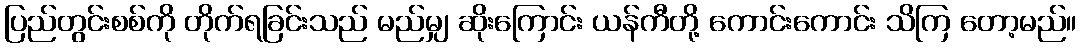
ပြည်တွင်းစစ်ကို တိုက်ရခြင်းသည် မည်မျှ ဆိုးကြောင်း ယန်ကီတို့ ကောင်းကောင်း သိကြ တော့မည်။